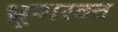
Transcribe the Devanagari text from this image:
भ्रूणरक्त